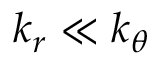
k _ { r } \ll k _ { \theta }